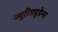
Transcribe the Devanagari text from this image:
ज्यूरिसप्रुडेन्स